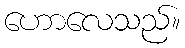
ဟောလေသည်။